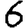
Digit: 6